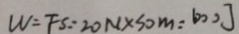
W = F S = 2 0 N \times 3 0 m = 6 0 0 J